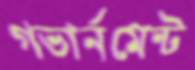
গভার্নমেন্ট